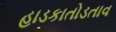
હાડકાતોડતાવ